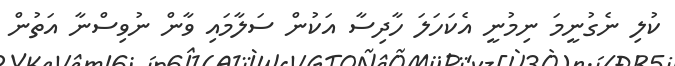
ކުލި ނެގުނީމަ ނިމުނީ އެކަހަލަ ހާދިސާ އަކުން ސަލާމައި ވާން ނުވިސްނާ އަތުން